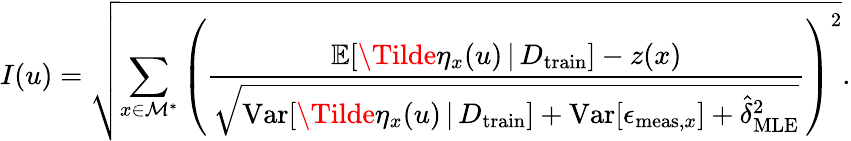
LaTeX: I(u)=\sqrt{\sum_{x\in\mathcal{M}^{*}}\left(\frac{\mathbb{E}[\Tilde{\eta}_{x}(u)\, \vert\, D_{\mathrm{train}}]-z(x)}{\sqrt{\mathrm{Var}[\Tilde{\eta}_{x}(u)\, \vert\, D_{\mathrm{train}}]+\mathrm{Var}[\epsilon_{\mathrm{meas},x}]+\hat{\delta}_{\mathrm{MLE}}^{2}}}\right)^{2}}.